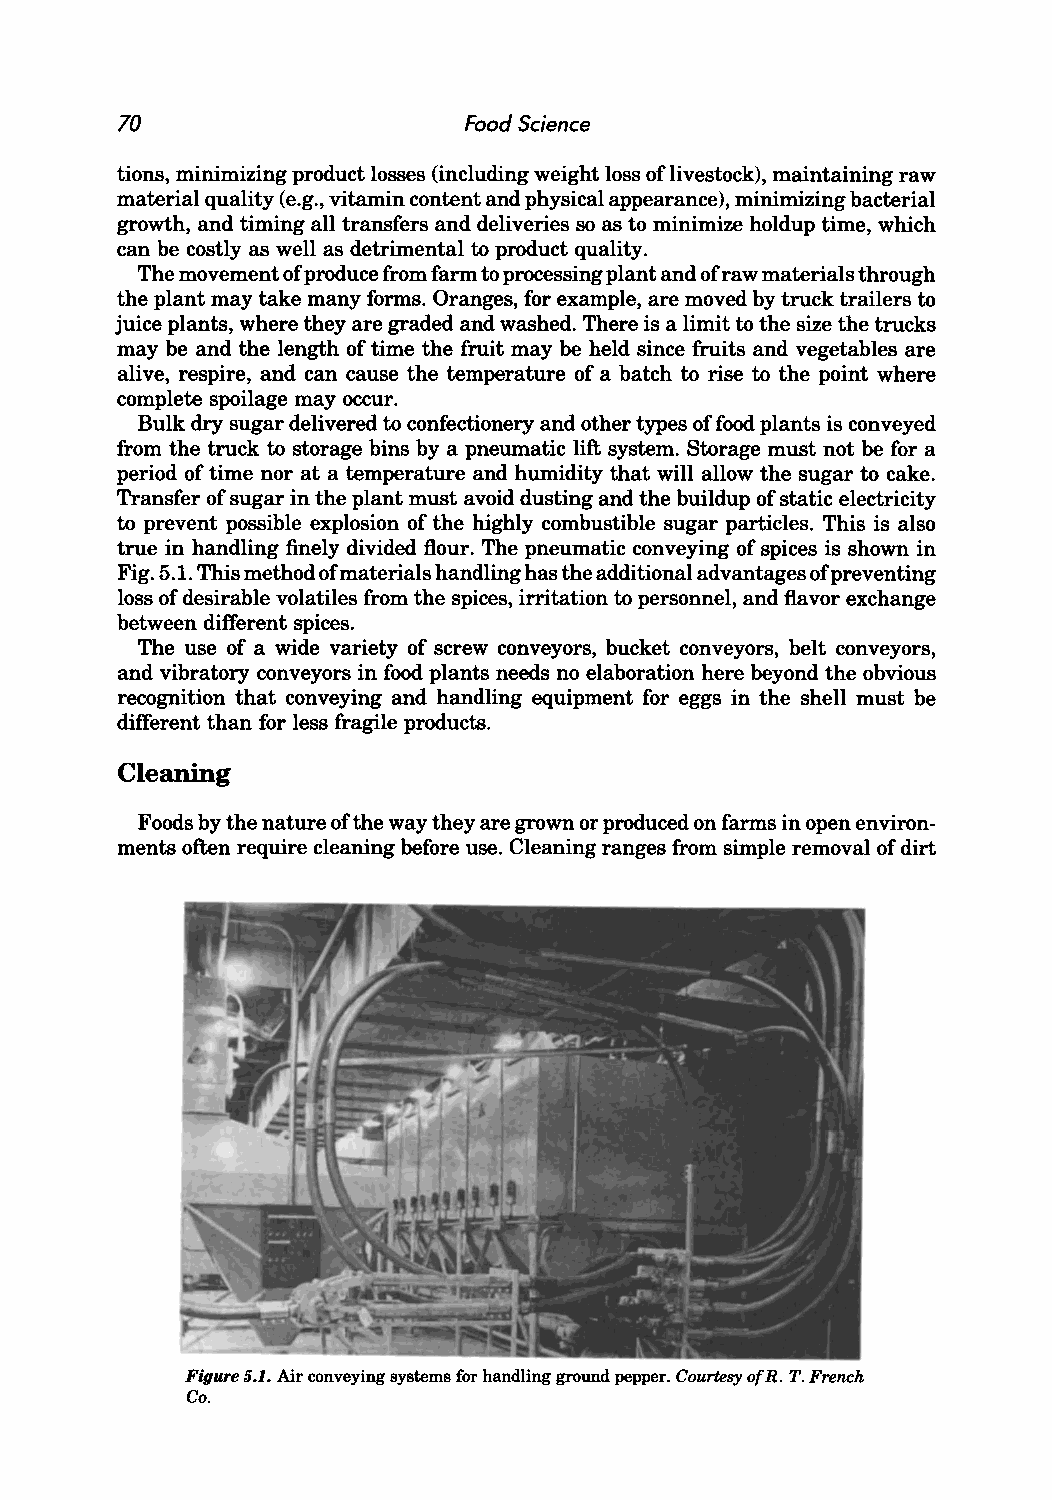
70                     Food Science
 tions, minimizing product losses (including weight loss oflivestock), maintaining raw
 material quality (e.g., vitamin content and physical appearance), minimizing bacterial
 growth, and timing all transfers and deliveries so as to minimize holdup time, which
 can be costly as well as detrimental to product quality.
 The movement of produce from farm to processing plant and of raw materials through
 the plant may take many forms. Oranges, for example, are moved by truck trailers to
 juice plants, where they are graded and washed. There is a limit to the size the trucks
 may be and the length of time the fruit may be held since fruits and vegetables are
 alive, respire, and can cause the temperature of a batch to rise to the point where
 complete spoilage may occur.
 Bulk dry sugar delivered to confectionery and other types of food plants is conveyed
 from the truck to storage bins by a pneumatic lift system. Storage must not be for a
 period of time nor at a temperature and humidity that will allow the sugar to cake.
 Transfer of sugar in the plant must avoid dusting and the buildup of static electricity
 to prevent possible explosion of the highly combustible sugar particles. This is also
 true in handling finely divided flour. The pneumatic conveying of spices is shown in
 Fig. 5.1. This method of materials handling has the additional advantages ofp reventing
 loss of desirable volatiles from the spices, irritation to personnel, and flavor exchange
 between different spices.
 The use of a wide variety of screw conveyors, bucket conveyors, belt conveyors,
 and vibratory conveyors in food plants needs no elaboration here beyond the obvious
 recognition that conveying and handling equipment for eggs in the shell must be
 different than for less fragile products.
 Cleaning
 Foods by the nature of the way they are grown or produced on farms in open environ
 ments often require cleaning before use. Cleaning ranges from simple removal of dirt
 Figure 5.1. Air conveying systems for handling ground pepper. Courtesy ofR. T. French
 Co.